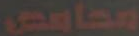
محامص